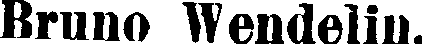
Bruno Wendelin.